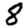
Digit: 8